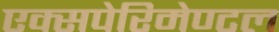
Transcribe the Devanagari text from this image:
एक्सपेरिमेण्टल